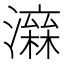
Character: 𤀮